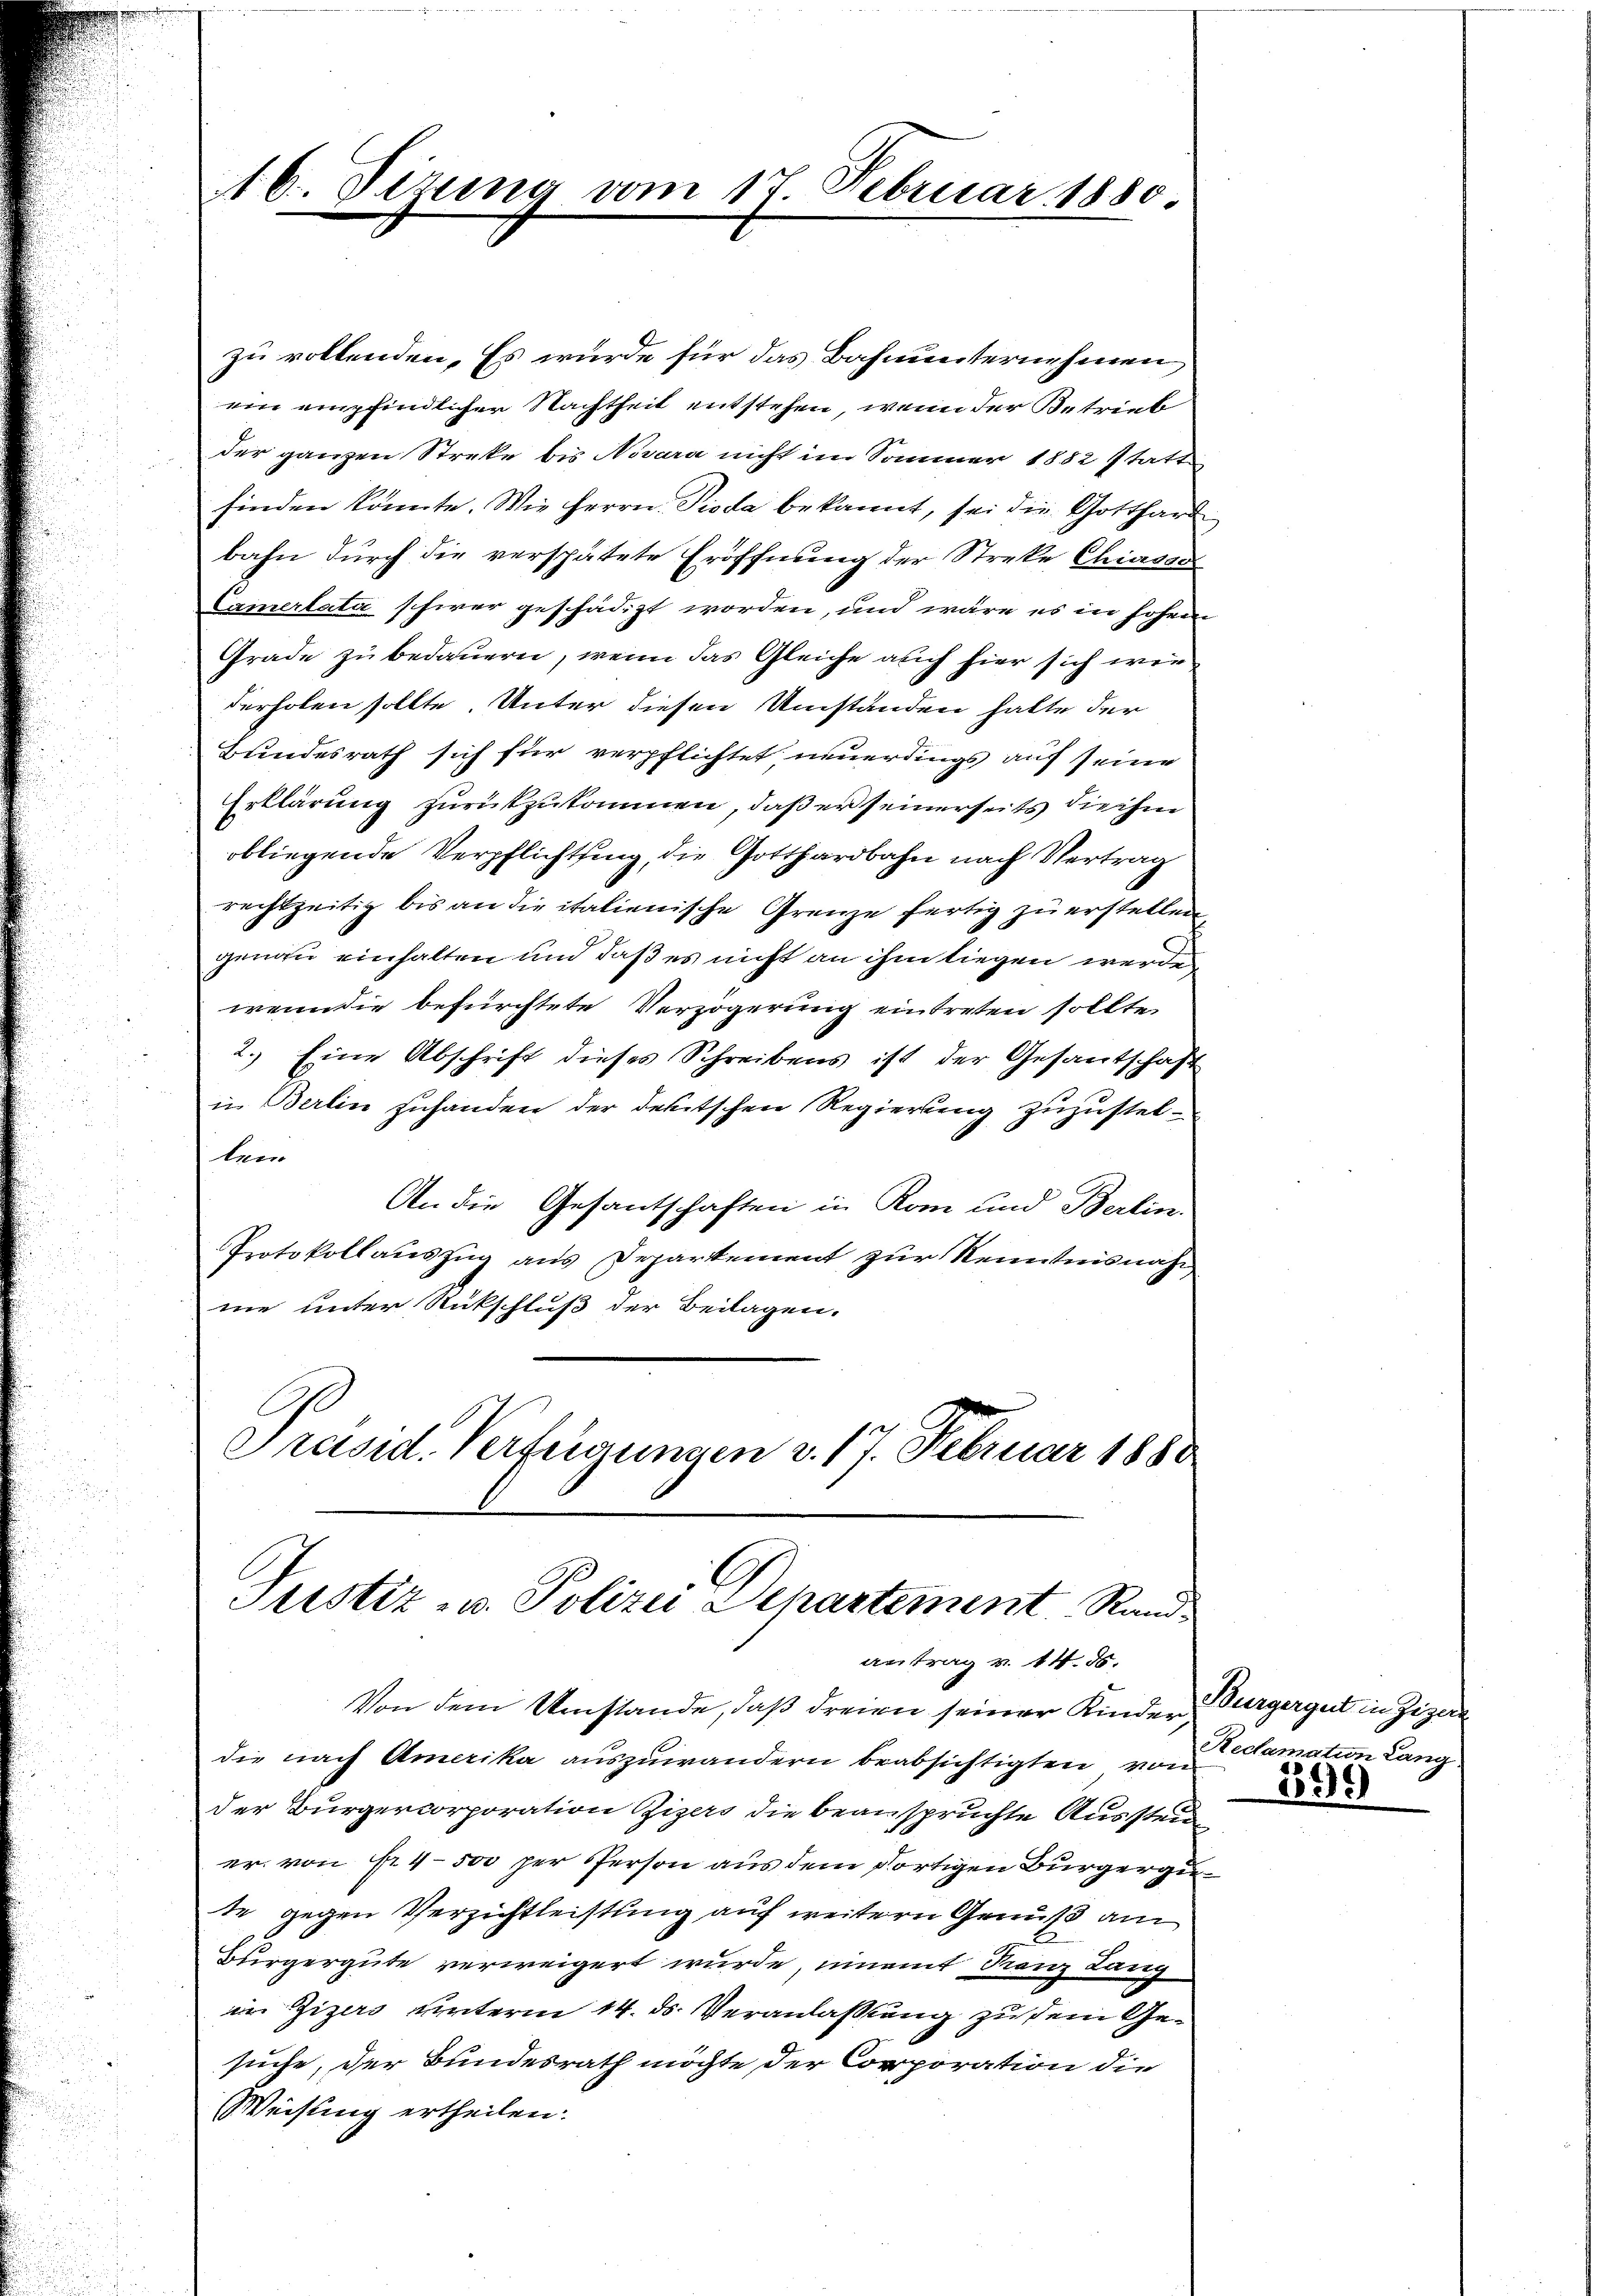
6. Sizung vom 17. Februar 1880.

zu vollenden. Es wurde für das Bahnunternehmen
ein empfindlicher Nachtheit entstehen, wenn der Betrieb
der ganzen Streke bis Novara nicht im Sommer 1882 statt
finden könnte. Wie Herrn Pioda bekannt, sei die Gotthard
bahn durch die verspätete Eröffnung der Streke Chiasad
Camertati schwer geschädigt worden, und wäre es in hohen
Grade zu bedauern, wenn das Gleiche auch hier sich wie
derholen sollte. Unter diesen Umständen hatte der
Bundesrath sich für verpflichtet neuerdings auf seine
Erklärung zurückzukommen, daß er seinerseits die ihm
obliegende Verpflichtung, die Gotthardbahn nach Vertrag
rechtzeitig bis an die italienische Grenze fertig zu erstellen,
genau einhalten und daß es nicht an ihm liegen werde
wenn die befürchtete Verzögerung eintreten sollte
2.) Eine Abschrift dieses Schreibens ist der Gesantschaft
in Berlin zuhanden der deutschen Regierung zuzustellen
An die Gesantschaften in Rom und Berlin.
Protokollauszug aus Departement zur Kenntnisnahne unter Rückschluß der Beilagen.
A
Präsid. Verfügungen v. 17. Februar 1880

Justiz- u. Polizei Departement Randantrag v. 14. ds.

Von dem Umstände, daß dreien seiner Kinderdie nach Amerika auszuwandern beabsichtigten von
der Bürgercorporation Zizers die beanspruchte Aussteue
er. von fr. 4500 per Person aus dem dortigen Bürgergu
te gegen Verzichtleistung auf weitern Genuß am
Bürgergute verweigert wurde, einamt Franz Lanz
im Zizers unterm 14. ds. Veranlaßung zu dem Gesuche, der Bundesrath möchte der Corporation die
Weisung ertheilen.

Burgergut in Zigern
Reclamation Lang
.
1025)